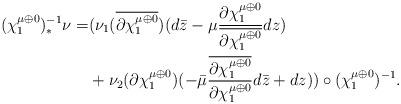
LaTeX: \begin{align*}(\chi_1^{\mu\oplus 0})^{-1}_*\nu=&(\nu_1 (\overline{\partial \chi_1^{\mu\oplus 0}})(d\bar z-\mu\frac{{\partial \chi_1^{\mu\oplus 0}}}{\overline{\partial \chi_1^{\mu\oplus 0}}}dz)\\ &+\nu_2 (\partial \chi_1^{\mu\oplus 0})(-\bar\mu\frac{\overline{\partial \chi_1^{\mu\oplus 0}}}{\partial \chi_1^{\mu\oplus 0}}d\bar z+dz) )\circ(\chi_1^{\mu\oplus 0})^{-1}.\end{align*}